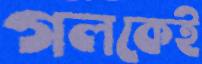
গলকেই